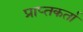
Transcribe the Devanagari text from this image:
प्राप्‍तकर्ता